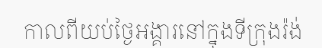
កាលពីយប់ថ្ងៃអង្គារនៅក្នុងទីក្រុងរ៉ង់